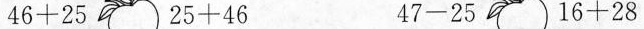
$$46+25$$$$25+46$$$$47-25$$$$16+28$$